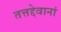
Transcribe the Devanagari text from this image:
तत्तद्देवानां